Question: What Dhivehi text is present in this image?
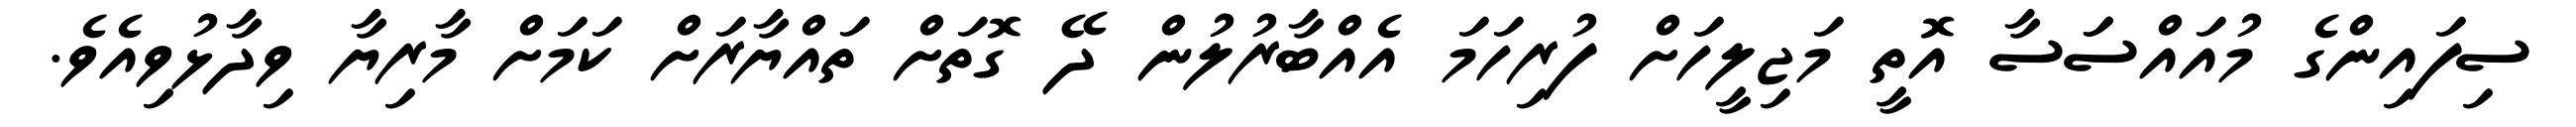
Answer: ސިފައިންގެ މުއައްސަަސާ އޮތީ މަޖިލީހަށް ފުރިހަމަ އެއްބާރުލުން ދޭ ގޮތަށް ތައްޔާރަށް ކަމަށް މާރިޔާ ވިދާޅުވިއެވެ.